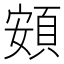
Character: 頞